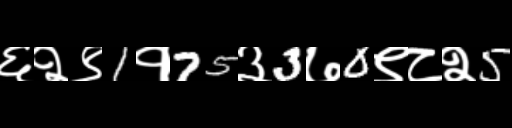
Text: ६२९1१75३3७0९८२5